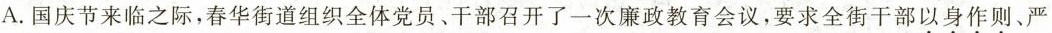
A.国庆节来临之际，春华街道组织全体党员、干部召开了一次廉政教育会议，要求全街干部以身作则、严